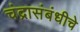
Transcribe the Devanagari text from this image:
चंद्रासंबंधीचे